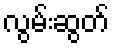
လွမ်းဆွတ်